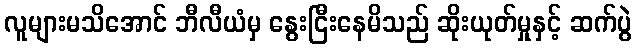
လူများမသိအောင် ဘီလီယံမှ နွေးငြီးနေမိသည် ဆိုးယုတ်မှုနှင့် ဆက်ပွဲ